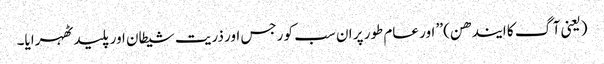
(یعنی آگ کا ایندھن) ’’ اور عام طور پر ان سب کو رجس اور ذریت شیطان اور پلید ٹھہرایا۔